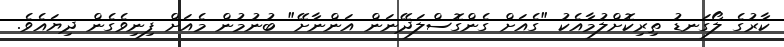
ކާރުގެ ލޯގަނޑު ތިރިކޮށްލުމާއެކު "ގެއަށް ގެންގޮސްލަދޭނަން އަންނާށޭ" ބުނުމުން މެއަށް ފިނިވެގެން ދިޔައެވެ.